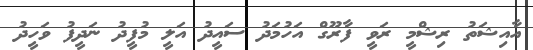
އާއިޝަތު ރިޝްމީ ރަވީ ފާރޫގް އަހުމަދު ސައީދު އަލީ މުފީދު ނަދީފު ވަހީދު